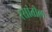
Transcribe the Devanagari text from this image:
रसांतील